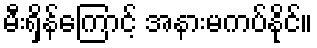
မီးရှိန်ကြောင့် အနားမကပ်နိုင်။